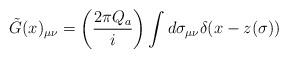
LaTeX: \begin{align*}\tilde{G}(x)_{\mu\nu}=\left(\frac{2\pi Q_a}{i}\right)\int d\sigma_{\mu\nu}\delta (x-z(\sigma ))\end{align*}